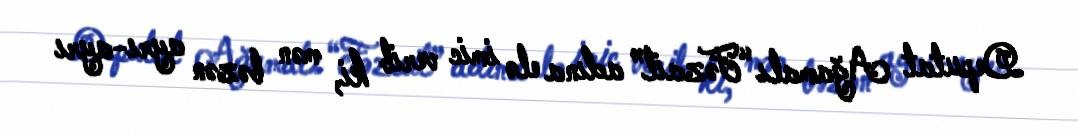
Deputat Ağamalı “Fəzail” adına elə imic verib ki, mən bəzən ayrı-ayrı